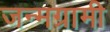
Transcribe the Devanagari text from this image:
जन्मग्रामी